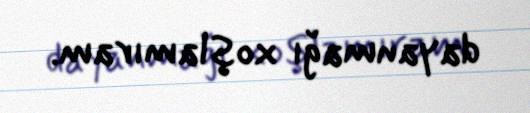
dayanmağı xoşlamıram.